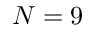
N = 9